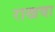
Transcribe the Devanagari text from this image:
राखवा